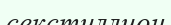
секстиллион